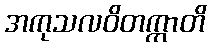
အကုသလဝိတက္ကာတိ